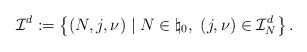
\begin{align*}\mathcal{I}^d := \left\{ (N, j, \nu) \mid N \in \natural_0,\ (j,\nu) \in \mathcal{I}^d_N \right\}.\end{align*}